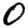
Digit: 0